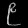
Digit: ၉